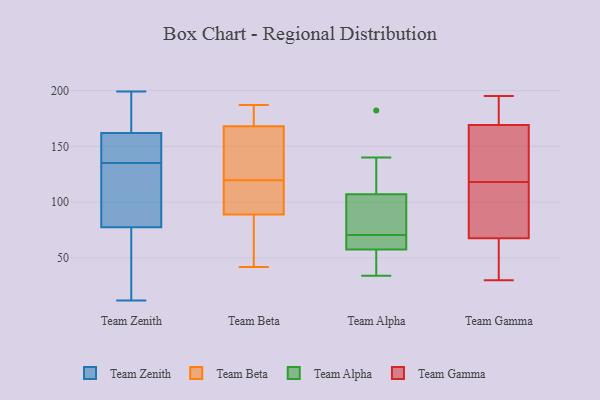
{"axis": {"x": "Energy Usage (MWh)", "y": "Value"}, "legend": ["Team Alpha", "Team Beta", "Team Gamma", "Team Zenith"], "data": [{"x": "", "y": 165, "type": "Team Zenith"}, {"x": "", "y": 156, "type": "Team Zenith"}, {"x": "", "y": 74, "type": "Team Zenith"}, {"x": "", "y": 81, "type": "Team Zenith"}, {"x": "", "y": 12, "type": "Team Zenith"}, {"x": "", "y": 181, "type": "Team Zenith"}, {"x": "", "y": 156, "type": "Team Zenith"}, {"x": "", "y": 22, "type": "Team Zenith"}, {"x": "", "y": 199, "type": "Team Zenith"}, {"x": "", "y": 151, "type": "Team Zenith"}, {"x": "", "y": 119, "type": "Team Zenith"}, {"x": "", "y": 99, "type": "Team Zenith"}, {"x": "", "y": 196, "type": "Team Zenith"}, {"x": "", "y": 89, "type": "Team Zenith"}, {"x": "", "y": 159, "type": "Team Zenith"}, {"x": "", "y": 66, "type": "Team Zenith"}, {"x": "", "y": 119, "type": "Team Beta"}, {"x": "", "y": 169, "type": "Team Beta"}, {"x": "", "y": 74, "type": "Team Beta"}, {"x": "", "y": 182, "type": "Team Beta"}, {"x": "", "y": 55, "type": "Team Beta"}, {"x": "", "y": 42, "type": "Team Beta"}, {"x": "", "y": 89, "type": "Team Beta"}, {"x": "", "y": 130, "type": "Team Beta"}, {"x": "", "y": 187, "type": "Team Beta"}, {"x": "", "y": 103, "type": "Team Beta"}, {"x": "", "y": 120, "type": "Team Beta"}, {"x": "", "y": 145, "type": "Team Beta"}, {"x": "", "y": 168, "type": "Team Beta"}, {"x": "", "y": 96, "type": "Team Beta"}, {"x": "", "y": 78, "type": "Team Alpha"}, {"x": "", "y": 57, "type": "Team Alpha"}, {"x": "", "y": 63, "type": "Team Alpha"}, {"x": "", "y": 34, "type": "Team Alpha"}, {"x": "", "y": 140, "type": "Team Alpha"}, {"x": "", "y": 58, "type": "Team Alpha"}, {"x": "", "y": 93, "type": "Team Alpha"}, {"x": "", "y": 182, "type": "Team Alpha"}, {"x": "", "y": 59, "type": "Team Alpha"}, {"x": "", "y": 121, "type": "Team Alpha"}, {"x": "", "y": 84, "type": "Team Alpha"}, {"x": "", "y": 52, "type": "Team Alpha"}, {"x": "", "y": 43, "type": "Team Gamma"}, {"x": "", "y": 76, "type": "Team Gamma"}, {"x": "", "y": 30, "type": "Team Gamma"}, {"x": "", "y": 114, "type": "Team Gamma"}, {"x": "", "y": 179, "type": "Team Gamma"}, {"x": "", "y": 165, "type": "Team Gamma"}, {"x": "", "y": 40, "type": "Team Gamma"}, {"x": "", "y": 195, "type": "Team Gamma"}, {"x": "", "y": 118, "type": "Team Gamma"}, {"x": "", "y": 172, "type": "Team Gamma"}, {"x": "", "y": 102, "type": "Team Gamma"}, {"x": "", "y": 168, "type": "Team Gamma"}, {"x": "", "y": 163, "type": "Team Gamma"}]}